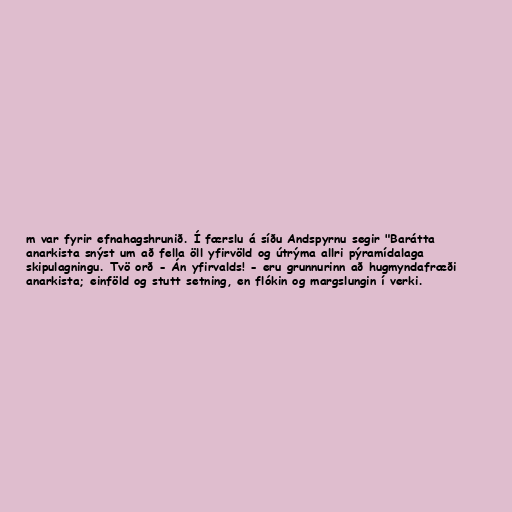
m var fyrir efnahagshrunið. Í færslu á síðu Andspyrnu segir "Barátta
anarkista snýst um að fella öll yfirvöld og útrýma allri pýramídalaga
skipulagningu. Tvö orð - Án yfirvalds! - eru grunnurinn að hugmyndafræði
anarkista; einföld og stutt setning, en flókin og margslungin í verki.